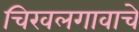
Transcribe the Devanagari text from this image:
चिखलगावाचे